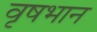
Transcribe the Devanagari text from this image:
वृषभान